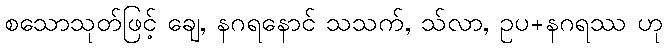
စသောသုတ်ဖြင့် ချေ, နဂရနောင် သသက်, သ်လာ, ဥပ+နဂရဿ ဟု